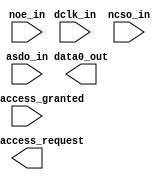

module clk_counter_4_digit (
	noe_in,
	dclk_in,
	ncso_in,
	asdo_in,
	asmi_access_granted,
	data0_out,
	asmi_access_request);	

	input		noe_in;
	input		dclk_in;
	input		ncso_in;
	input		asdo_in;
	input		asmi_access_granted;
	output		data0_out;
	output		asmi_access_request;
endmodule